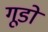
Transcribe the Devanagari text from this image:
गूडो